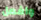
وافعل